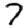
Digit: 7